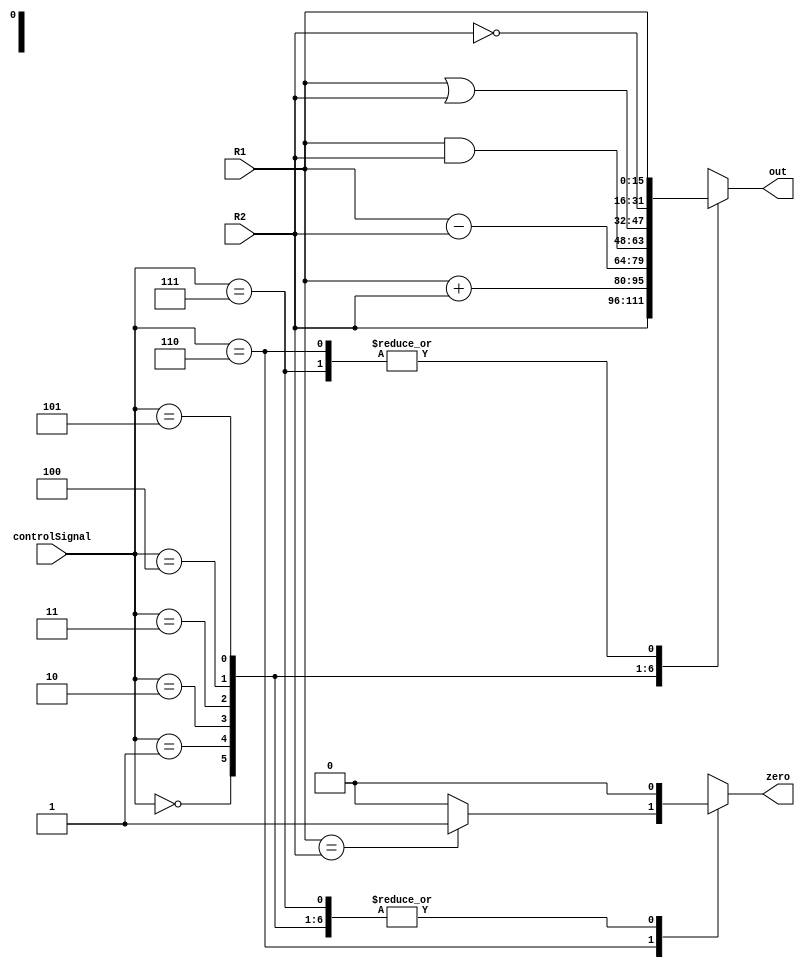
module ALU(input [15:0] R1, R2, input [2:0] controlSignal, output reg[15:0] out, output reg zero);
  always @(*) begin
    zero = 0;
    case (controlSignal)
    	0: out = R2;
    	1: out = R1 + R2;
    	2: out = R1 - R2;
    	3: out = R1 & R2;
    	4: out = R1 | R2;
    	5: out = ~R2;
    	6: begin
            out = R1; 
            if (R1 == R2) zero = 1;
        end
    	7: out = R1;
    	default: out = R1;
    endcase
  end
endmodule